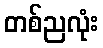
တစ်ညလုံး